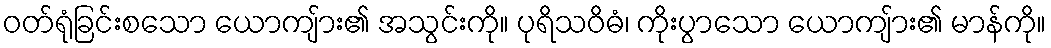
ဝတ်ရုံခြင်းစသော ယောကျ်ား၏ အသွင်းကို။ ပုရိသဝိဓံ၊ ကိုးပွာသော ယောကျ်ား၏ မာန်ကို။